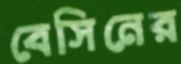
বেসিনের